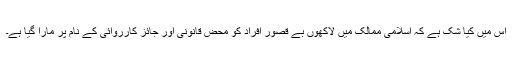
اس میں کیا شک ہے کہ اسلامی ممالک میں لاکھوں بے قصور افراد کو محض قانونی اور جائز کارروائی کے نام پر مارا گیا ہے۔